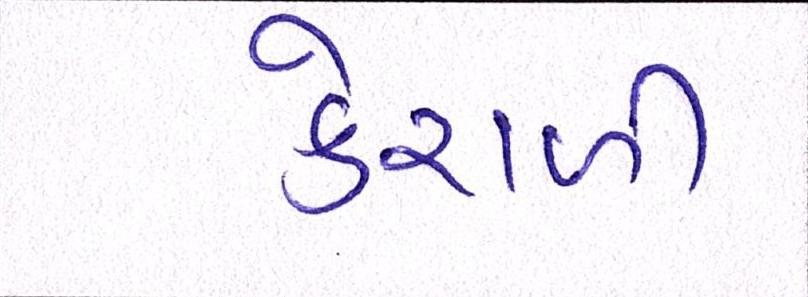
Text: કેરાળી